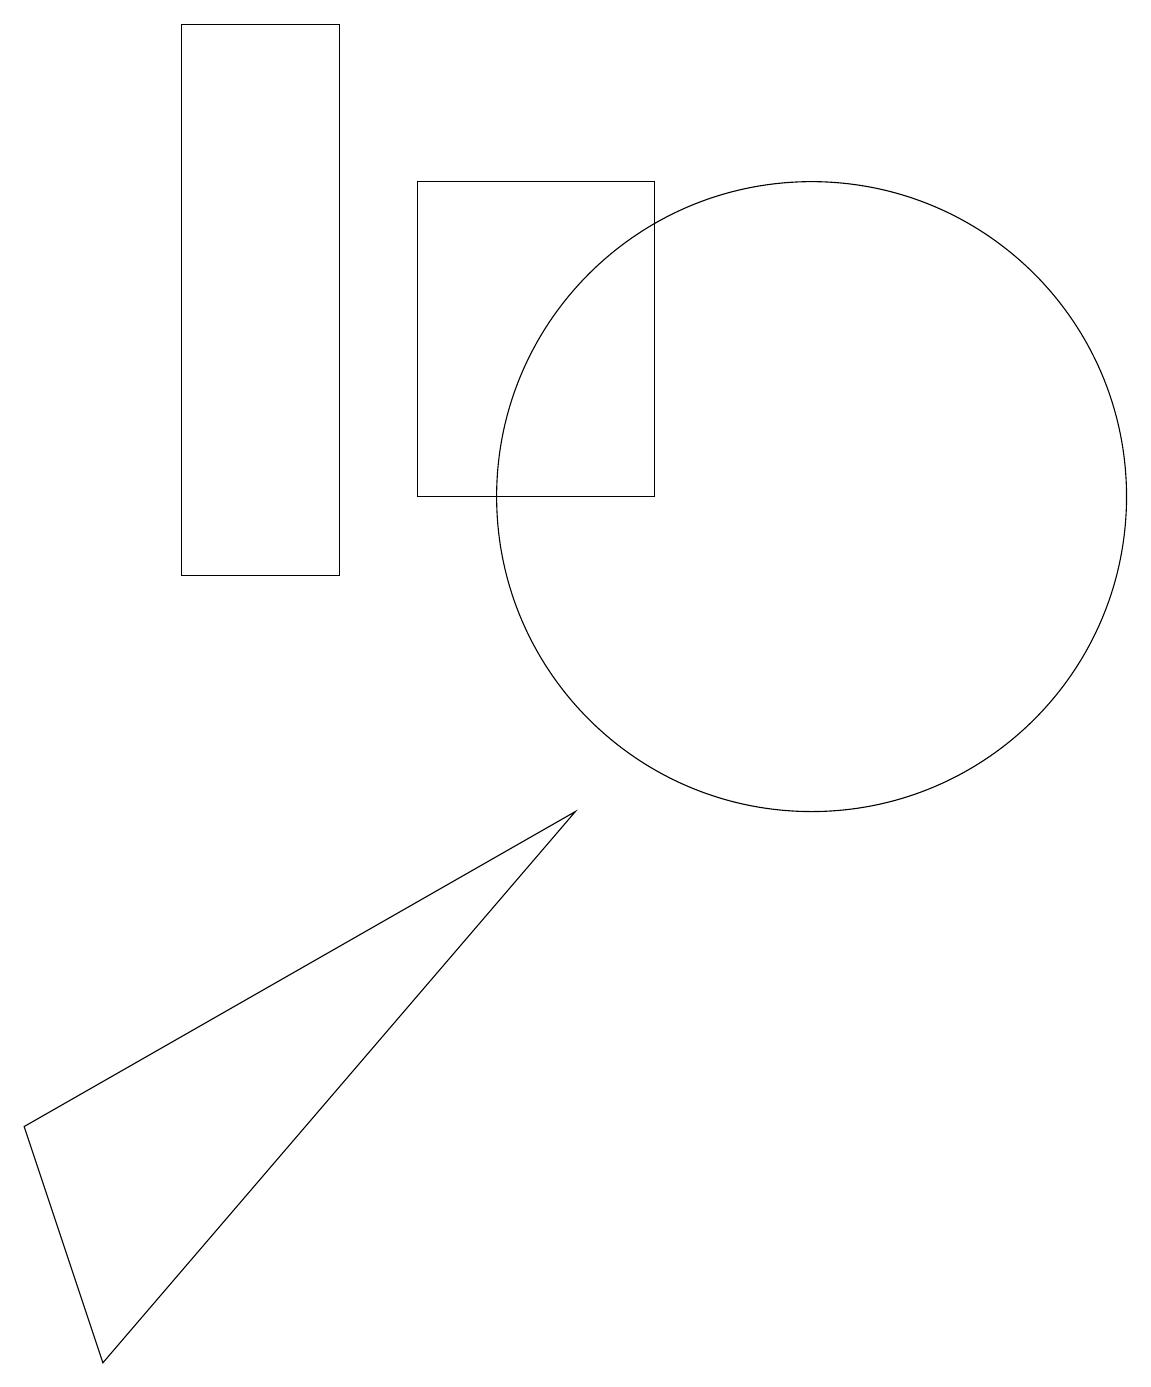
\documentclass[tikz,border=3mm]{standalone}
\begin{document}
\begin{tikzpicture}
\draw (4,11) rectangle (2,18);
\draw (10,12) circle (4);
\draw (1,1) -- (7,8) -- (0,4) -- cycle;
\draw (5,12) rectangle (8,16);
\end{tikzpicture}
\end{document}